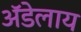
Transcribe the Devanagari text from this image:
अॅडेलाय